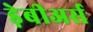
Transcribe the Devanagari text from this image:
ड़ेबीअर्स